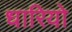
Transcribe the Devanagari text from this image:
धारियो